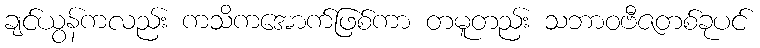
ချင်ယွန်ကလည်း ကသိကအောက်ဖြစ်ကာ တမူတည်း သဘာဝဗီဇတစ်ခုပင်